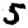
Digit: 5